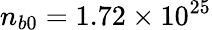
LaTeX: n_{b0}=1.72\times 10^{25}